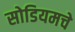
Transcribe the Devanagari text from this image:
सोडियमचे